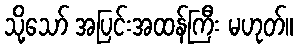
သို့သော် အပြင်းအထန်ကြီး မဟုတ်။